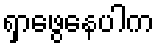
ရှာဖွေနေပါက